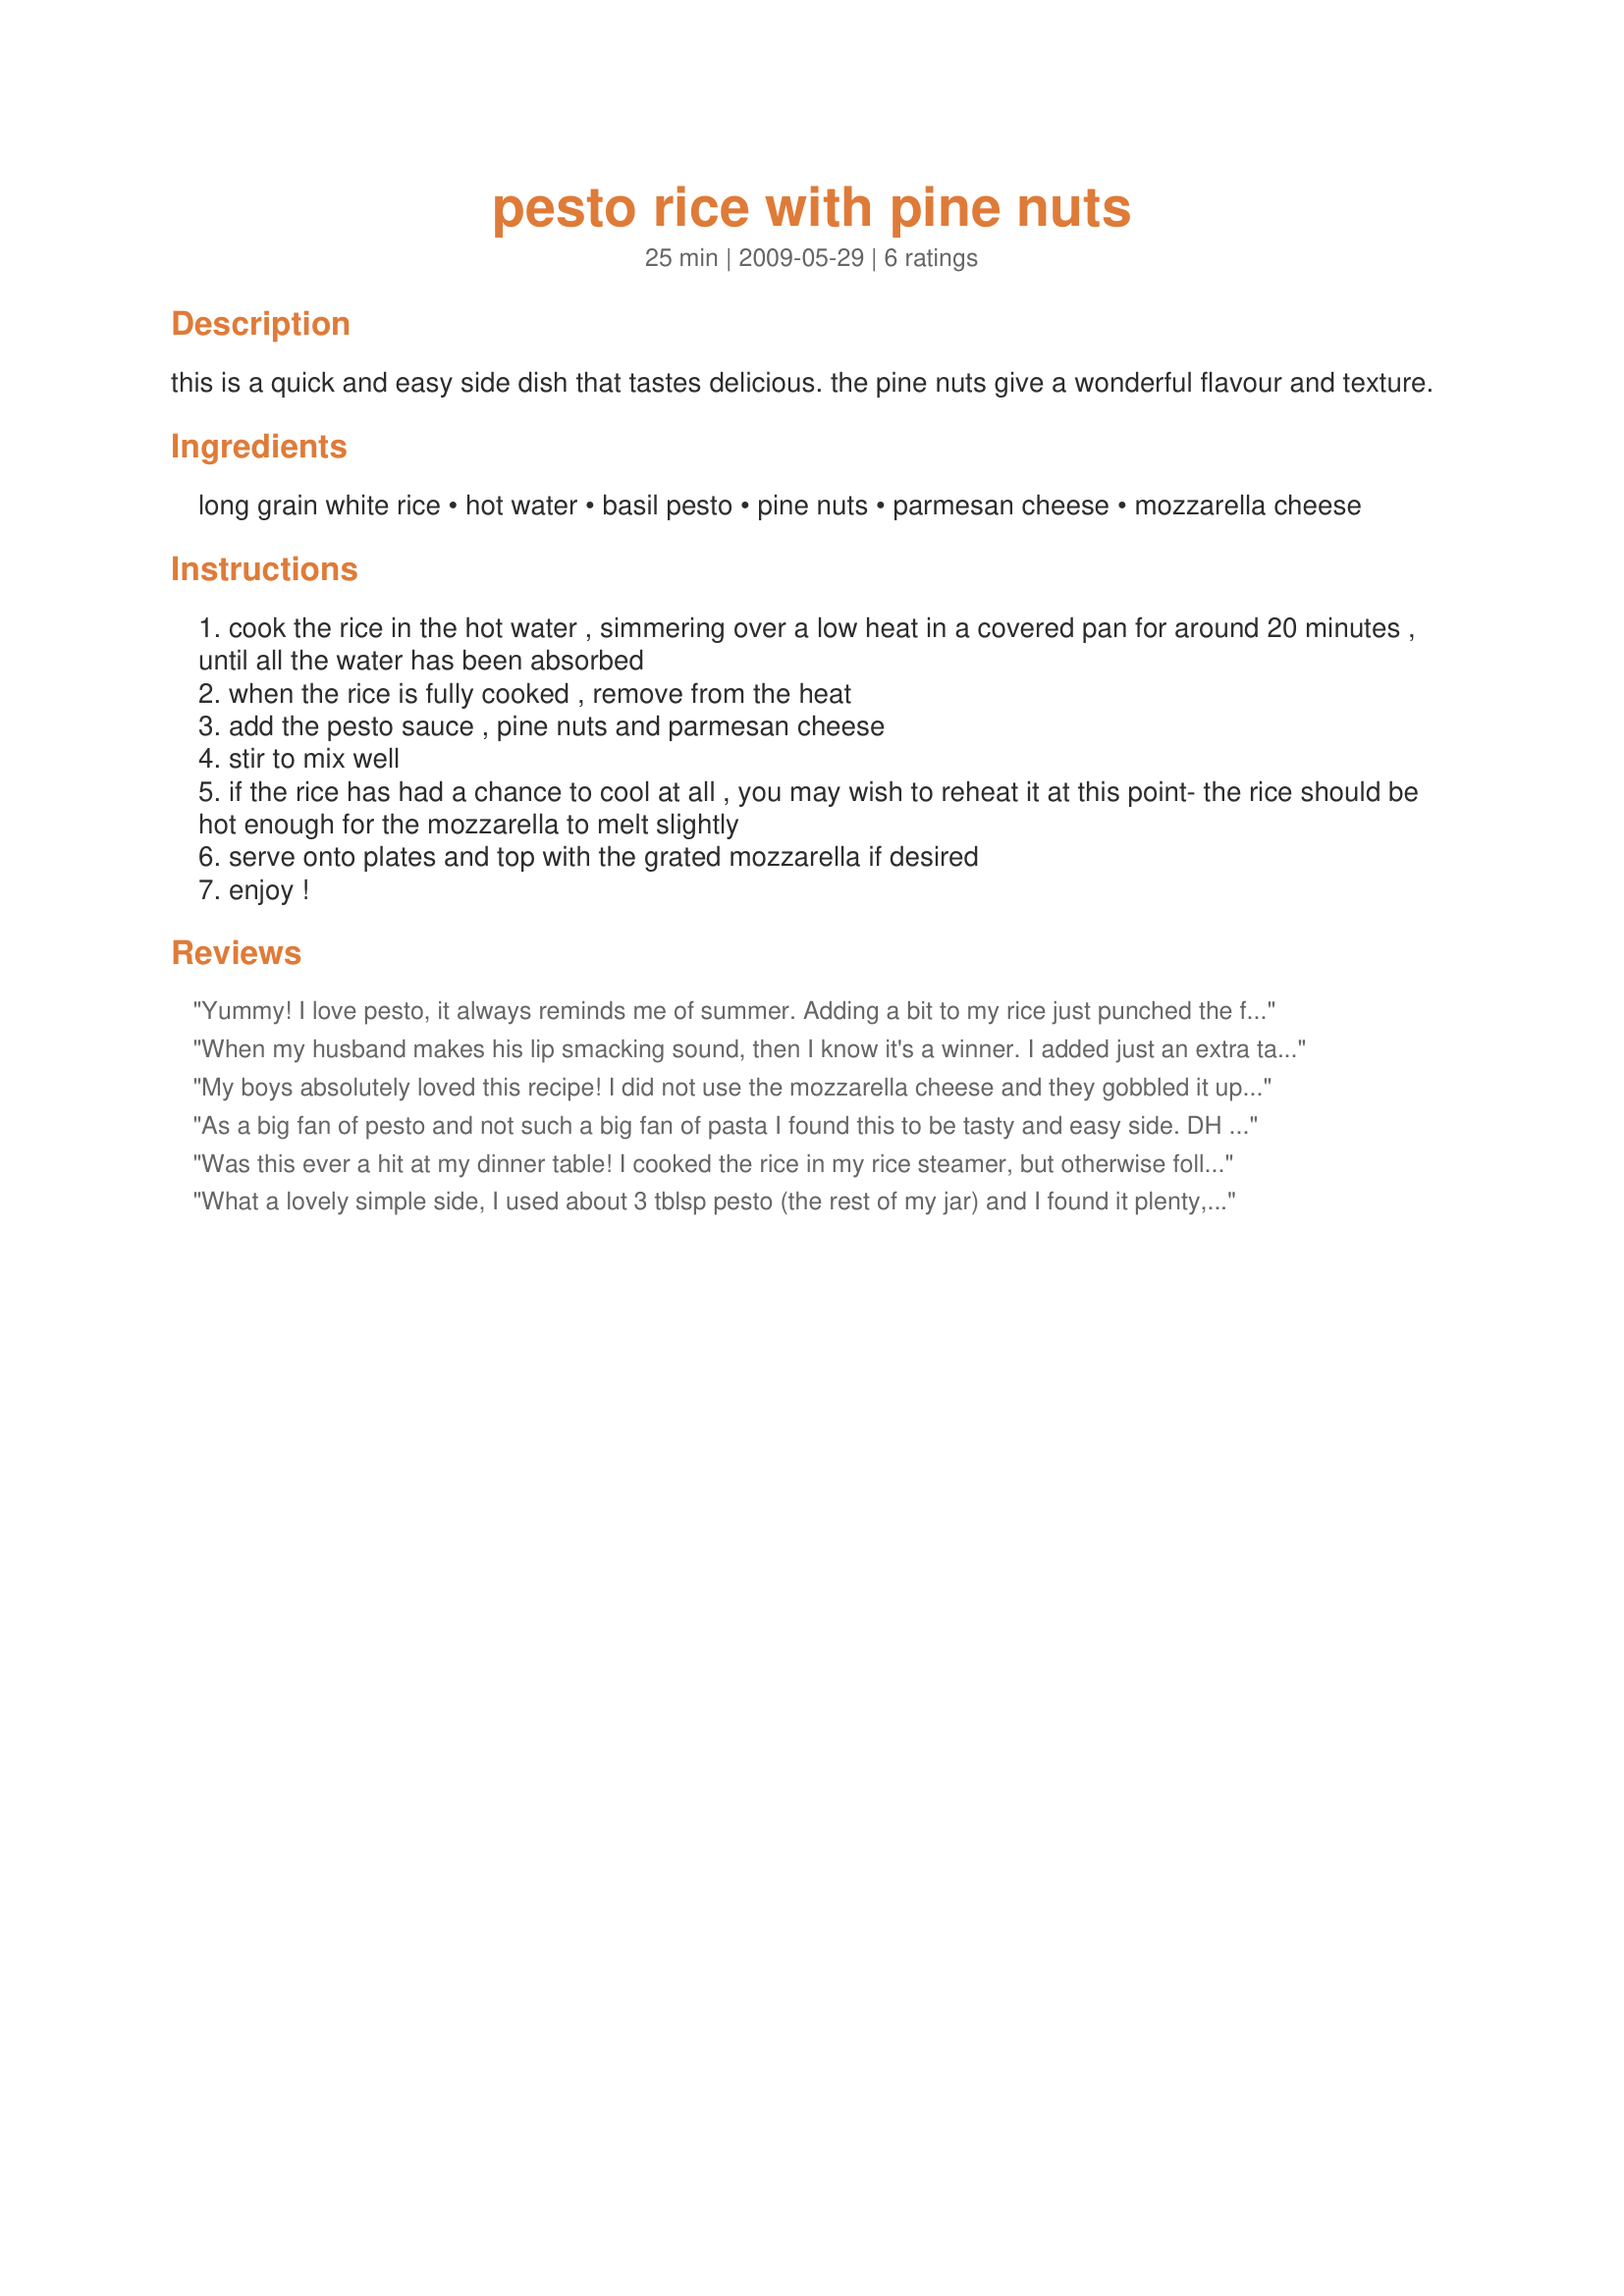
pesto rice with pine nuts
Preparation time: 25 minutes

this is a quick and easy side dish that tastes delicious. the pine nuts give a wonderful flavour and texture.

Ingredients:
long grain white rice, hot water, basil pesto, pine nuts, parmesan cheese, mozzarella cheese

Steps:
cook the rice in the hot water , simmering over a low heat in a covered pan for around 20 minutes , until all the water has been absorbed
when the rice is fully cooked , remove from the heat
add the pesto sauce , pine nuts and parmesan cheese
stir to mix well
if the rice has had a chance to cool at all , you may wish to reheat it at this point- the rice should be hot enough for the mozzarella to melt slightly
serve onto plates and top with the grated mozzarella if desired
enjoy !

Reviews:
Yummy! I love pesto, it always reminds me of summer. Adding a bit to my rice just punched the flavor through the roof! I didn't add the optional cheese, but loved this anyway. I'll be saving this to make again, and telling friends how wonderful it is! Thanks for posting!
When my husband makes his lip smacking sound, then I know it's a winner. I added just an extra tablespoon of pesto, since I made extra rice. I didn't use the mozzarella. Made for Every Day Holiday Tag game. :)
My boys absolutely loved this recipe! I did not use the mozzarella cheese and they gobbled it up. Made for 1-2-3 Tag.
As a big fan of pesto and not such a big fan of pasta I found this to be tasty and easy side. DH had what little was left with his lunch and said it reheated nicely. Made as written using a little mozzarella sprinkled on the top. This recipe is a winner that I will be making again. Thanks for the post.
Was this ever a hit at my dinner table! I cooked the rice in my rice steamer, but otherwise followed the recipe exactly. We make pesto with basil from the garden, so used that. It was so flavorful and easy to make! I know I will be asked to make it again soon! A new favorite!
What a lovely simple side, I used about 3 tblsp pesto (the rest of my jar) and I found it plenty, even toddler DD ate this, served alongside some bacon feta stuffed chicken breasts for a lovely dinner. Thanks for posting!
